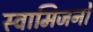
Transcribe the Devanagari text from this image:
स्वामिजनों